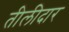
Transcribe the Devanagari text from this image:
तीलीदार